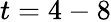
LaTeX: t=4-8